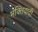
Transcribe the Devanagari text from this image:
भक्तिवादी